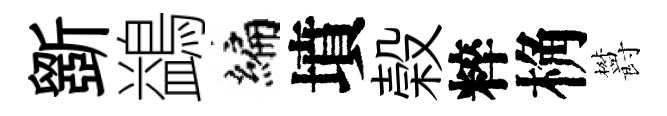
斵鷁编墳榖粹桷欝